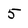
Character: 5